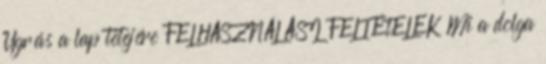
Ugrás a lap tetejére FELHASZNÁLÁSI FELTÉtELEK Mi a dolga